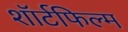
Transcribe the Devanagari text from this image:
शॉर्टफिल्म